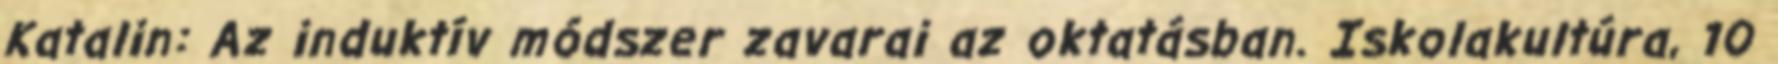
Katalin: Az induktív módszer zavarai az oktatásban. Iskolakultúra, 10